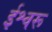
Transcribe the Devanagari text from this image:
ईश्वरू